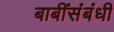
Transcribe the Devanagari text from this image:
बाबींसंबंधी